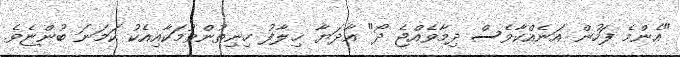
"އެންމެ ފަހުން އަނެއްކާވެސް ދިމާވެއްޖެ ދޯ" އާދަޔާ ޚިލާފު ހިނިތުންވުމަކާއިއެކު ކަމަނަ ބުންޏެވެ.